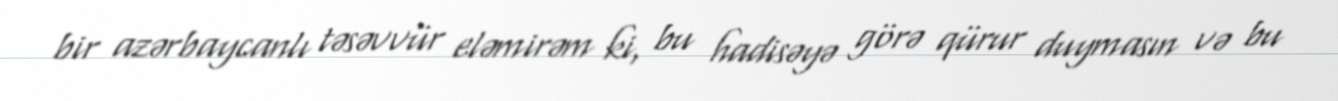
bir azərbaycanlı təsəvvür eləmirəm ki, bu hadisəyə görə qürur duymasın və bu